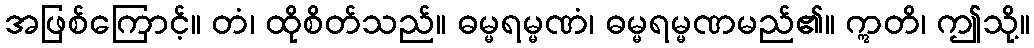
အဖြစ်ကြောင့်။ တံ၊ ထိုစိတ်သည်။ ဓမ္မရမ္မဏံ၊ ဓမ္မရမ္မဏမည်၏။ ဣတိ၊ ဤသို့။